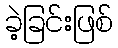
ခဲ့ခြင်းဖြစ်